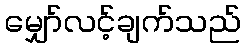
မျှော်လင့်ချက်သည်